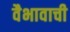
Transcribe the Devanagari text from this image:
वैभावाची